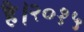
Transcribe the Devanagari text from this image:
है।२०१५